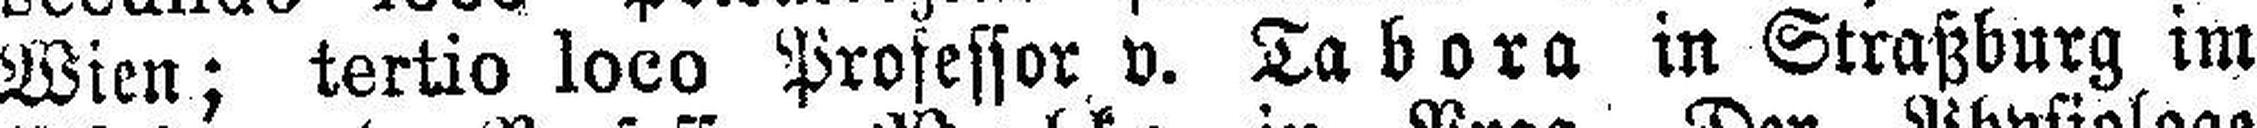
Wien; tertio loco Professor v. Tabora in Straßburg im